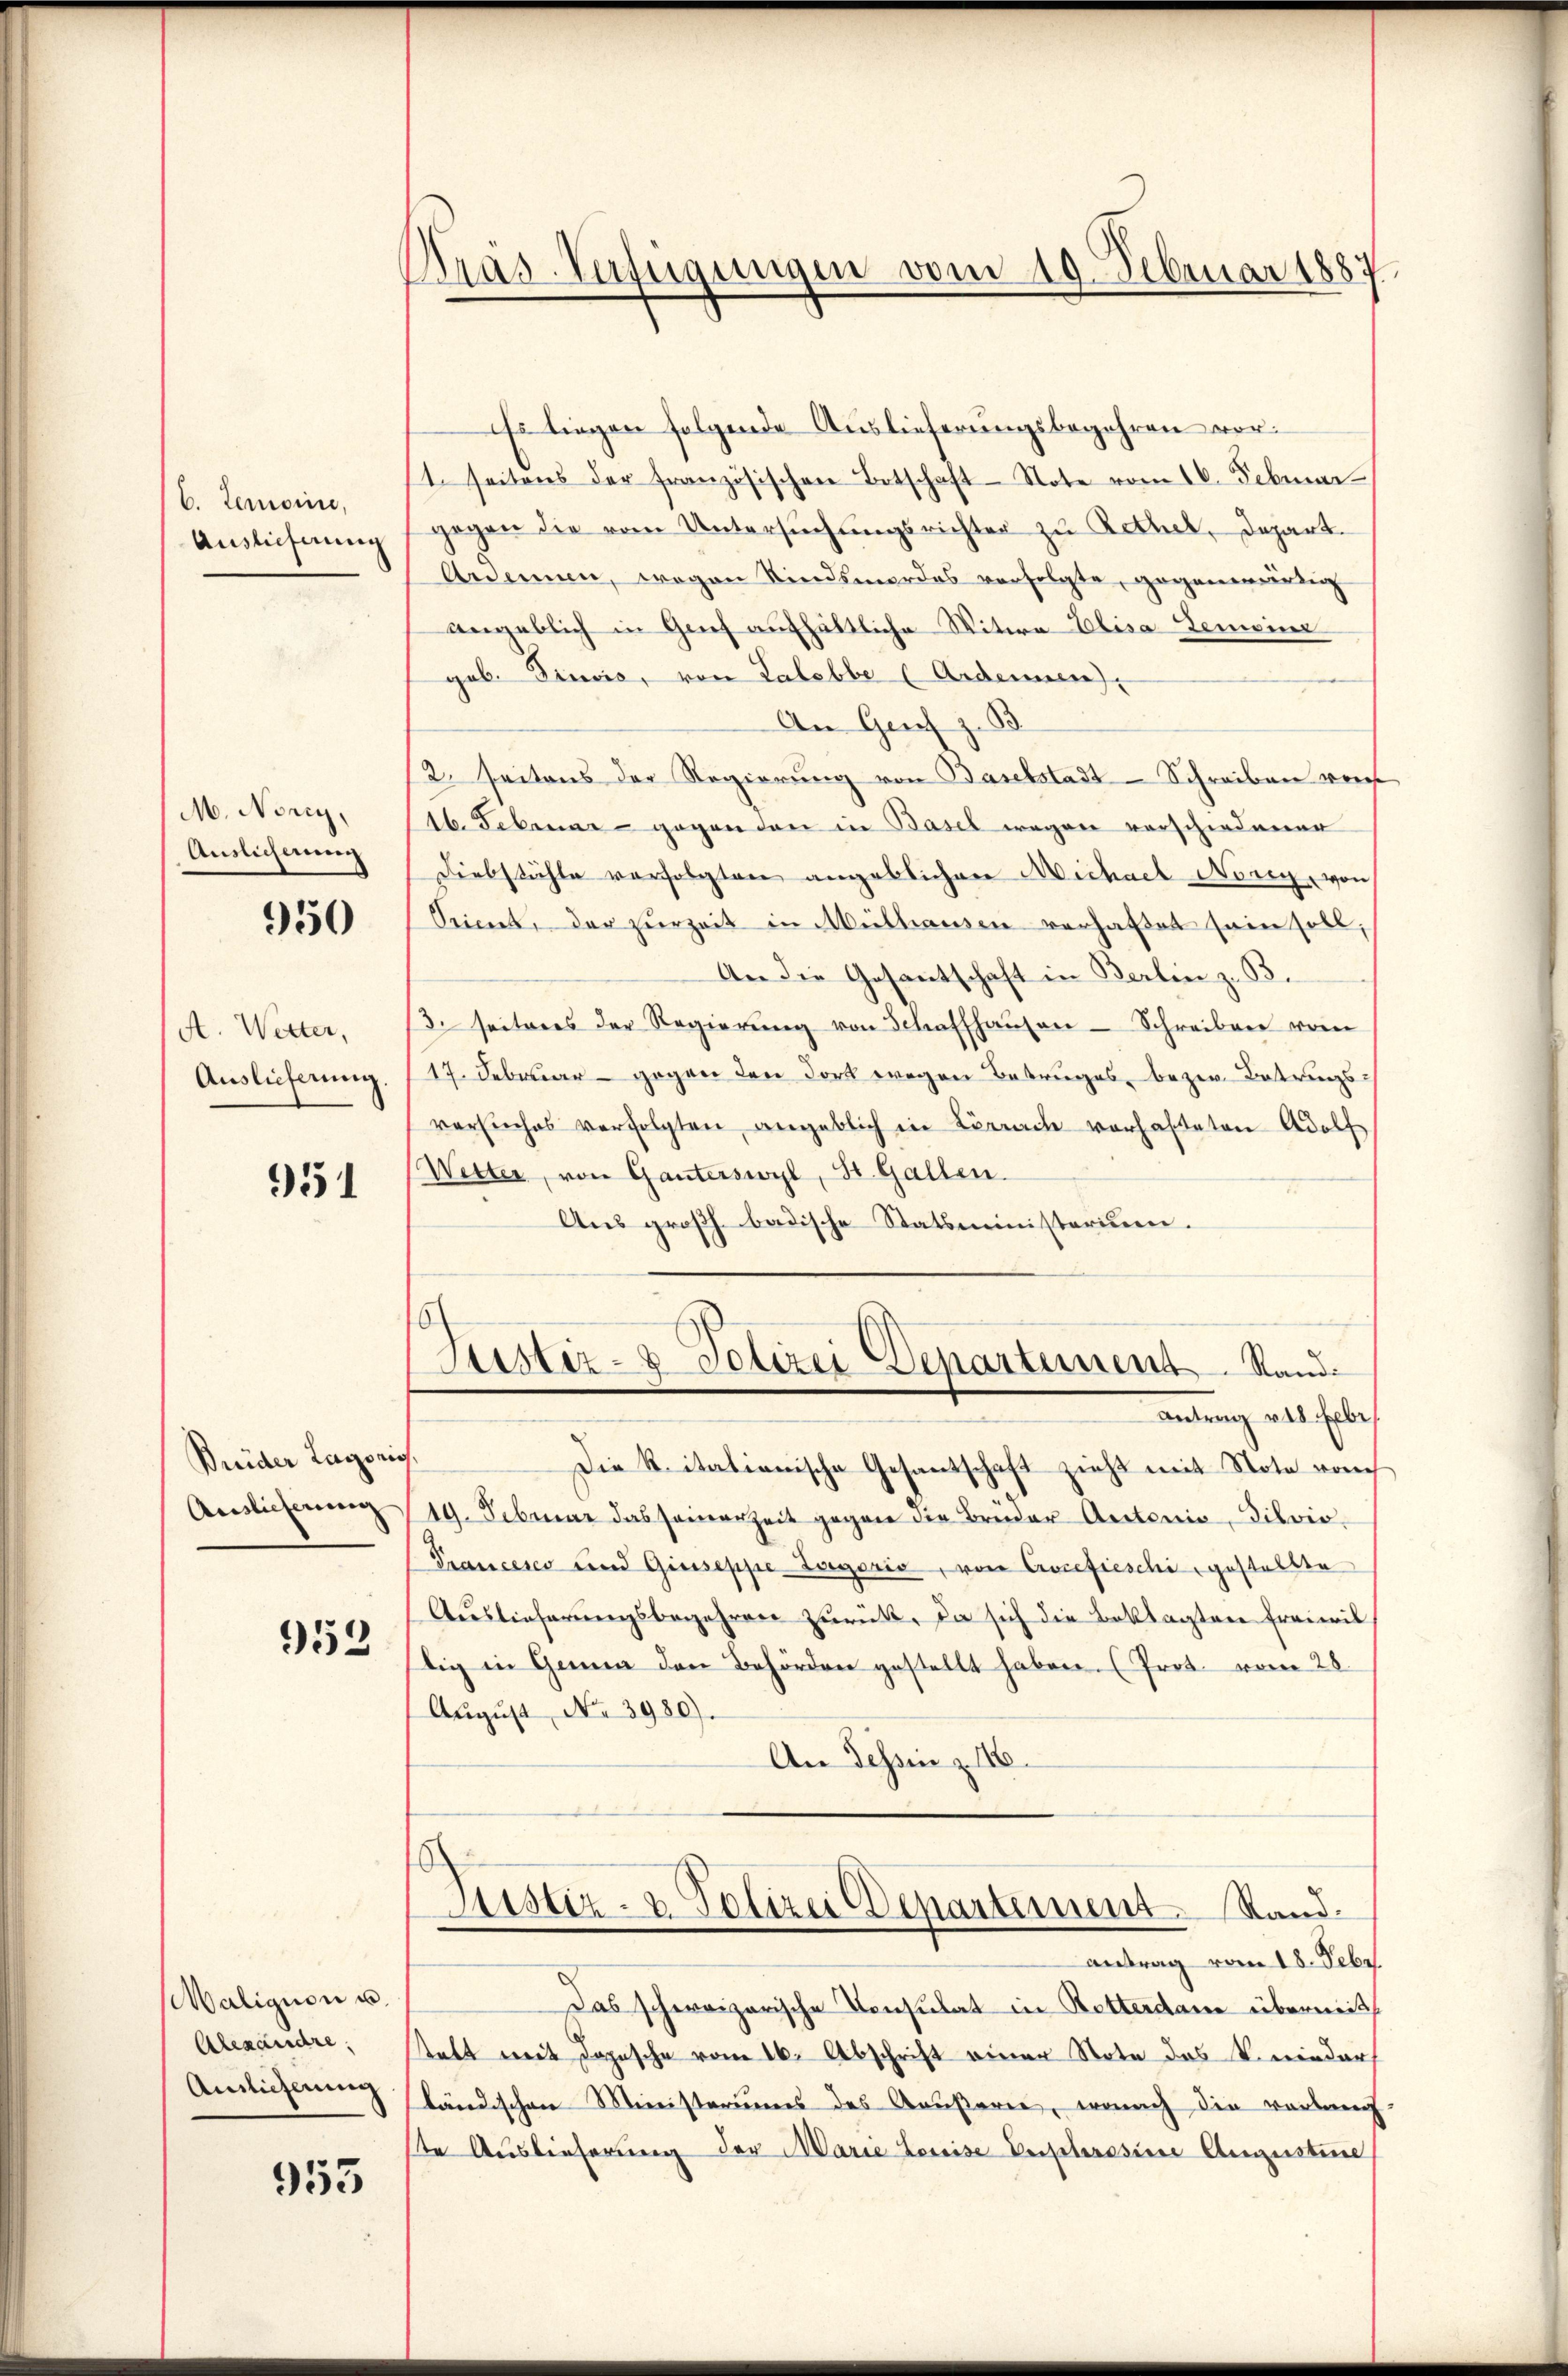
b. Gemeine,
Auslieferung

M. Norey,
Auslichnung

950

A. Wetter,
Auslieferung

951

Brider Lagonis,
Anslicherung

959

aligion u.
Alexandre,
Auslieferung

953

Bras-Verfügungen vom 19. Februar 1887

Es liegen folgende Auslieferungsbegehren vor:
1. seitens der französischen Botschaft-Note vom 16. Februar
gegen die vom Untersŭchŭngsrichter zu Rothek, Depart.
Ardenen, wogen Kindsmordes verfolgte, gegenwürdig
angeblich in Grief aufhältliche Witwe Elisa Gemeine
gob. Divis, von Lalebbe (Ardonnen,
An Gries z. B.
12. Seitens der Regierung von Baselstadt-Schreiben verf
16. Februar - gegen den in Basel wegen vorschiedener
Diebstähle verfolgten angeblichen Michael Nerg, von
Pricul, der zŭrzeit in Mülhausen verhaltet sein soll,
An die Gesantschaft in Berlin z. B.
3. seiteres der Regierŭng von Schaffhausen - Schreiben vom
17. Februar - gegen den dort wegen Betruges, bezw. Betrugsversuches verfolgten angeblich in Lörrach vorhalteten Adolf
Wetter, von Ganterswyl, St. Gallen.
Aus großh. badische Statsministerium.
Justiz- & Polizei Departement. Stande
Antrag v. 18. Erbe
Die Ritationische Gesantschaft zieht mit Note noch
19. Februar das seinerzeit gegen die Brüder Antonio, Silvis-
Trancesco und Giuseppe-Zoegoris, von Cocefieschi, gestellte
Auslieferŭngsbegehren zurück. Da sich die Beklagten freiwil
tig in Genua den Behörden gestellt haben. (Prot. vom 28.
Aŭgŭst No. 3980).
An Tessin z. 16.
Justiz- & Polizei Departement. Stand.
antrag vom 18. Febr.
Das schweizerische Consulat in Retterdame überweit
statt mit Depesche vom 16. Abschrift einer Note das knieder
ländischen Ministeriums des Aeußeren, wonach die verlang
ste Auslieferung der Marie Louise Euphrasine Augustine